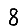
Digit: 8